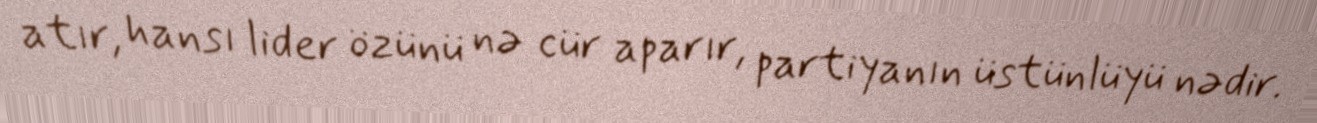
atır, hansı lider özünü nə cür aparır, partiyanın üstünlüyü nədir.